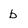
Character: b